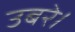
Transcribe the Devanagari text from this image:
उबरे।